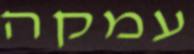
עמקה